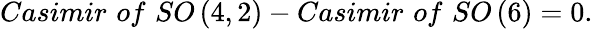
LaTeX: Casimir\, \, of\, \, SO\left(4,2\right)-Casimir\, \, of\, \, SO\left(6\right)=0.